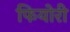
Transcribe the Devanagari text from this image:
फियोरी